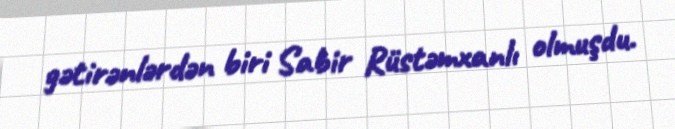
gətirənlərdən biri Sabir Rüstəmxanlı olmuşdu.